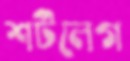
শর্টলেগ